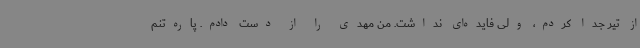
از تیر جدا کردم، ولی فایده‌ای نداشت. من مهدی را از دست دادم. پاره‌تنم